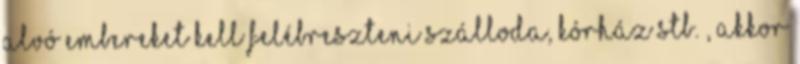
alvó embereket kell felébreszteni szálloda, kórház stb. , akkor